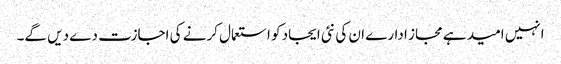
انہیں امید ہے مجاز ادارے ان کی نئی ایجاد کو استعمال کرنے کی اجازت دے دیں گے۔